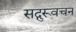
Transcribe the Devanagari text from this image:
सद्गुरूवचन